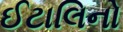
ઈટાલિનો